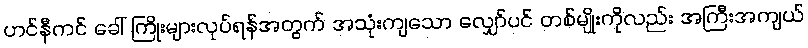
ဟင်နီကင် ခေါ် ကြိုးများလုပ်ရန်အတွက် အသုံးကျသော လျှော်ပင် တစ်မျိုးကိုလည်း အကြီးအကျယ်